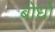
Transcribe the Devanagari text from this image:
बोधो